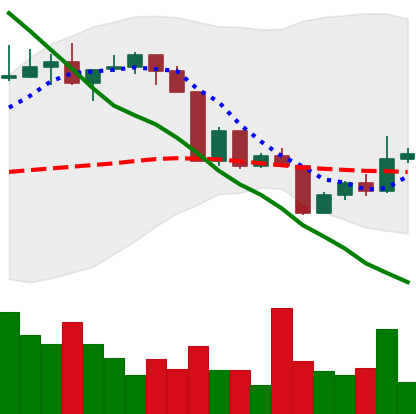
Ticker: XLM-USD
Chart end date: 2022-04-16
Forward return: -4.449%
Label: down_3_5